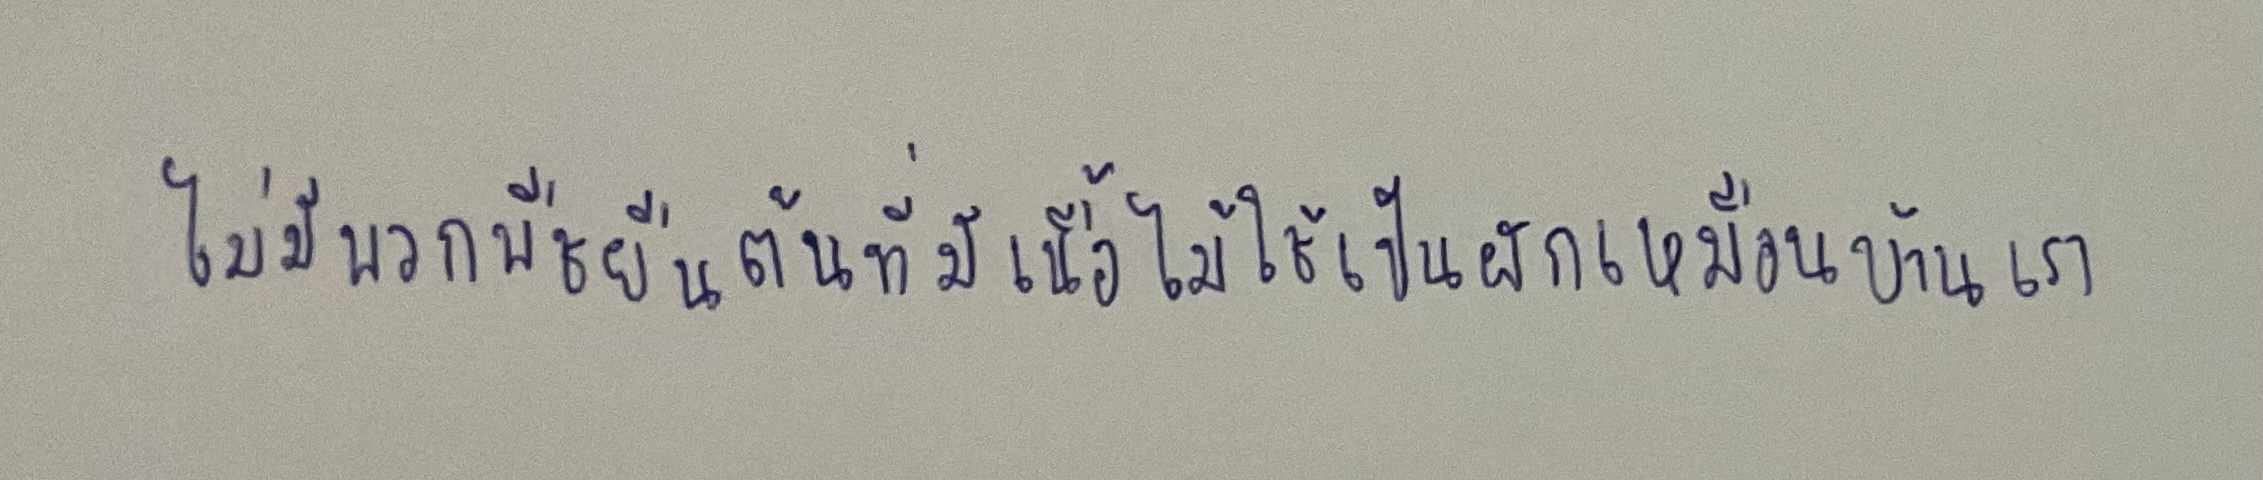
ไม่มีพวกพืชยืนต้นที่มีเนื้อไม้ใช้เป็นผักเหมือนบ้านเรา